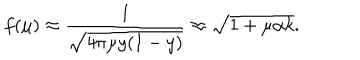
f ( \mu ) \approx \frac { 1 } { \sqrt { 4 \pi \mu y ( 1 - y ) } } \approx \sqrt { 1 + \mu \alpha k } .